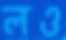
লও